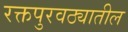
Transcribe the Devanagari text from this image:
रक्तपुरवठ्यातील